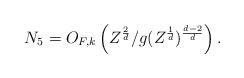
LaTeX: \begin{align*} N_5 = O_{F,k} \left(Z^{\frac{2}{d}}/g(Z^{\frac{1}{d}})^{\frac{d-2}{d}} \right). \end{align*}